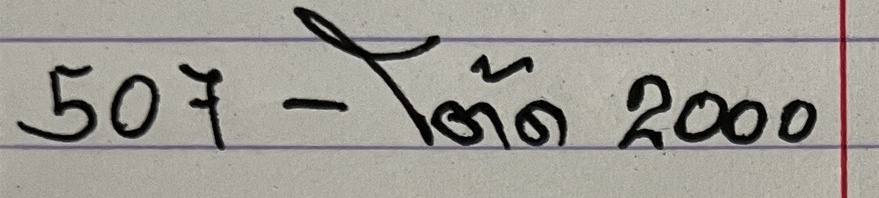
507 - โต๊ด 2000